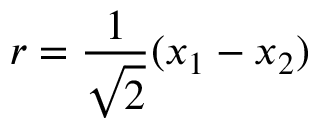
r = \frac { 1 } { \sqrt { 2 } } ( x _ { 1 } - x _ { 2 } )